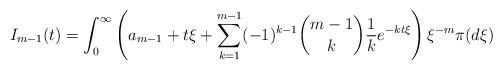
LaTeX: \begin{align*} I_{m-1}(t) = \int_0^\infty \left( a_{m-1} + t \xi + \sum_{k=1}^{m-1} (-1)^{k-1} {m-1 \choose k} \frac{1}{k} e^{-kt \xi} \right) \xi^{-m} \pi(d\xi)\end{align*}